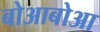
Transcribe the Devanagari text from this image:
बोआबोआ